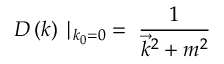
D \left( k \right) \mid _ { k _ { 0 } = 0 } \; = \; { \frac { 1 } { { \vec { k } } ^ { 2 } + m ^ { 2 } } }